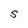
Character: S